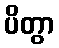
ပိတွာ